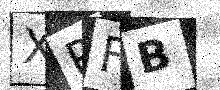
Text: XPFB